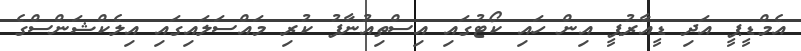
އެމްޑީޕީ އަދި ޑީއާރުޕީ އިން ހައި ކޯޓުގައި އިސްތިއުނާފު ކުރި މައްސަލައިގައި އިިލެކްޝަންސްގެ